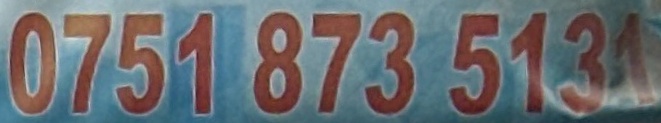
0751 873 5131